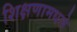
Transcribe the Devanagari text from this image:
शिक्षणामधले